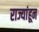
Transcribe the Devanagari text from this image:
राज्यांहून